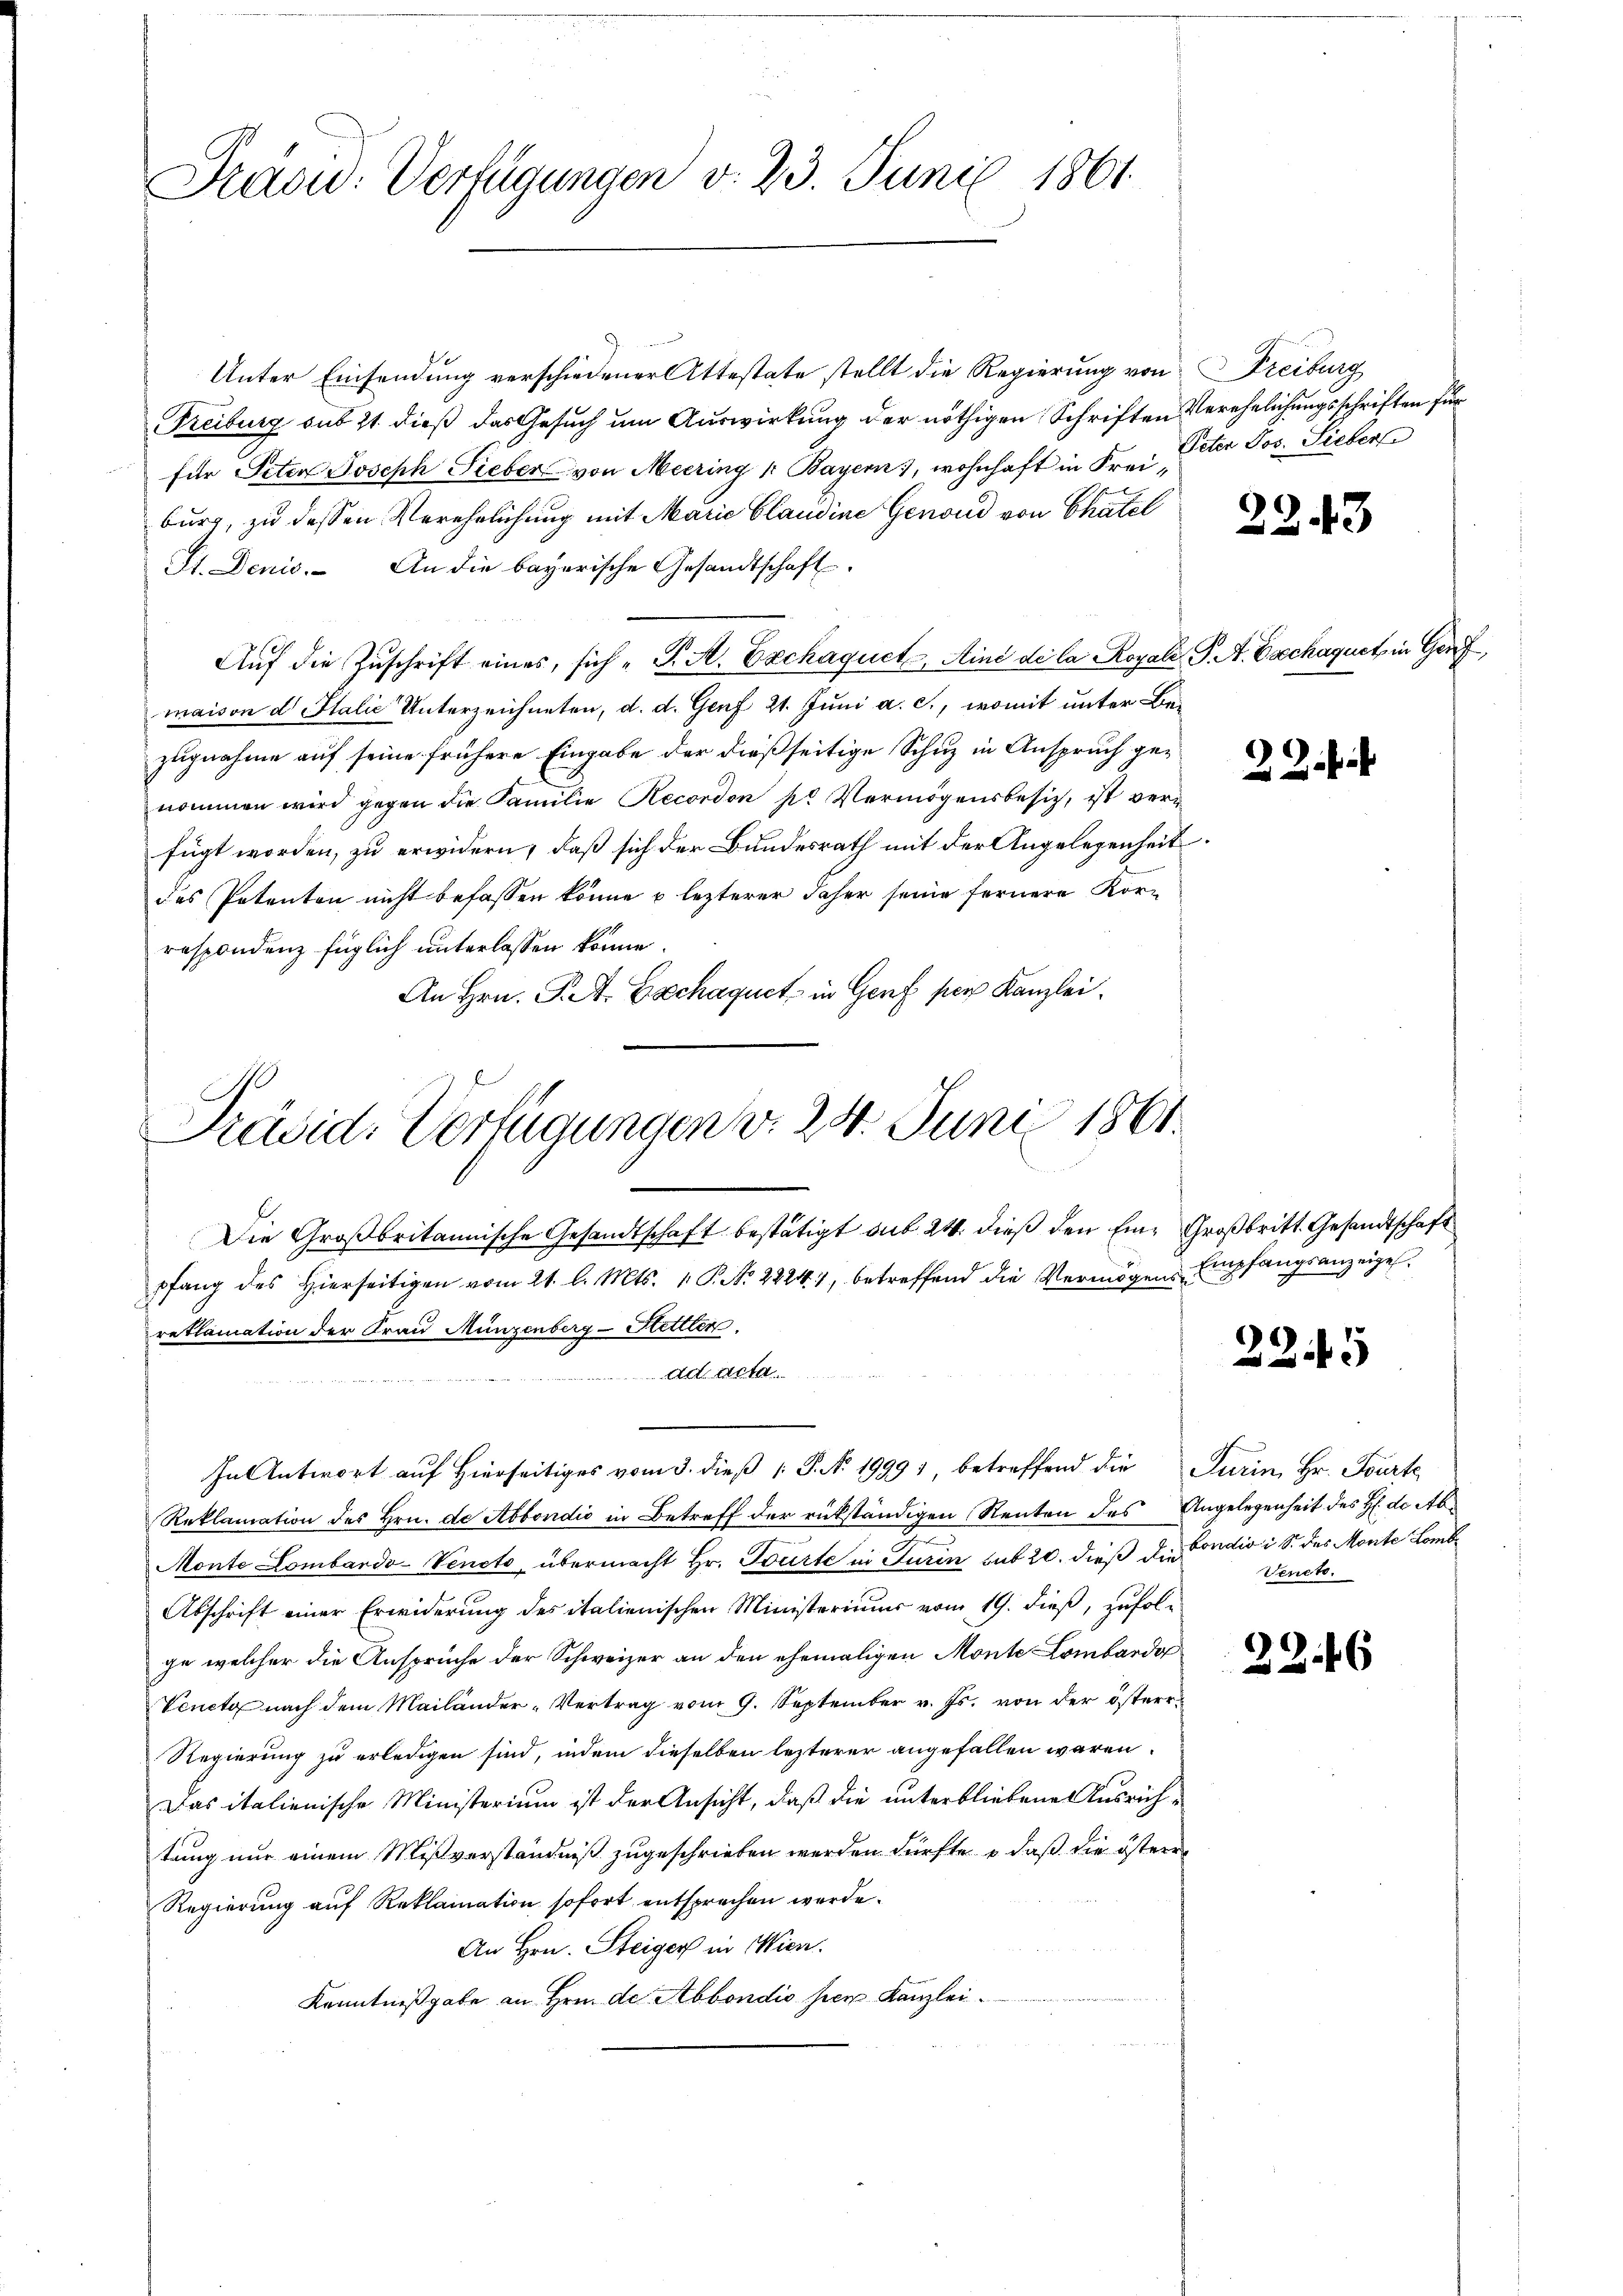
Präsid.: Verfügungen d. 23. Juni 1861

Unter Einsendung verschiedener Attestate stellt die Regierung von Freiburg
Freiburg sub 21. dieß das Gesuch um Auswirkung der nöthigen Schriften Verehelichungsschriften für
für Peten Joseph Sieber von Meering 1. Bayern), wohnhaft in Frei Peter Jos. Siebers
burg, zu dessen Verehrlichung mit Marie Claudine Genoud von Chatel
St. Denis. An die bayerische Gesandtschaft.
Aŭf die Zŭschrift eines, sich P. A. Exchaquet, Ainé de la Royale J. A. Eschaquet, in Genf
maison d Italić Unterzeichneten, d. d. Genf 21. Juni a. c., womit unter Bezugnahme auf seine frühere Eingabe der dießseitige Schuz in Anspruch genommen wird gegen die Familie Recordon pr Vermögensbesitz, ist verfügt worden, zu erwidern, daß sich der Bundesrath mit der Angelegenheit
des Petenten nicht befassen könne e lezterer daher seine fernere Korraspondenz füglich unterlassen könne
An Hrn. F. St. Eschaquet, in Genf per Kanzlei.

Präsid. Verfügungen v. 24. Juni 1861.

Die Großbritannische Gesandtschaft bestätigt sub 24. dieß den Ein Großbritt. Gesandtschaft
pfang des hierseitigen vom 21. l. Mts. 1. P. Nr. 22241, betreffend die Vermögen Empfangsanzeige
rettamation der Frau Münzenberg-Hettler
 A. A
In Antwort auf Hierseitiges vom 3. dieß P. N. 19991, betreffend die Turin, Hr. Fourte
Reklamation des Hrn. de Abbondio in Betreff der rückständigen Renten des Angelegenheit des H. d. Ab¬
Monte Lombardo-Veneto, übermacht Hr. Tourte in Jurin sub 20. dieß die Fondio i S. des Monte Lomb
Abschrift einer Erwiderung des italienischen Ministeriums vom 19. dieß, zufol-
ge welcher die Ansprüche der Schweizer an den ehemaligen Monte Lombardo
Venete nach dem Mailänder-Vertrag vom 9. September v. Js. von der österr¬
Regierung zu erledigen sind, indem dieselben lezterer angefallen wären.
Das italienische Ministerium ist der Ansicht, daß die unterbliebene Ausrichtung nur einem Mißverständniß zugeschrieben werden dürfte, daß die österr
Regierung auf Reklamation sofort entsprechen werde.
An Hrn. Steiger in Wien.
Kenntnißgabe an Hrn. de Abbondio hier Kanzlei.

2243

2

225

Veneto.

2246